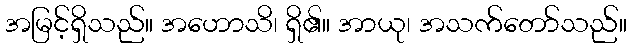
အမြင့်ရှိသည်။ အဟောသိ၊ ရှိ၏။ အာယု၊ အသက်တော်သည်။